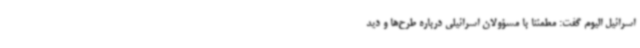
اسرائیل الیوم گفت: مطمئنا با مسؤولان اسرائیلی درباره طرح‌ها و دید